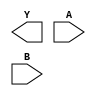
module sky130_fd_sc_hdll__nand2 (
    Y,
    A,
    B
);

    output Y;
    input  A;
    input  B;

    // Voltage supply signals
    supply1 VPWR;
    supply0 VGND;
    supply1 VPB ;
    supply0 VNB ;

endmodule